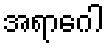
အရာဂေါ